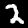
Digit: 2